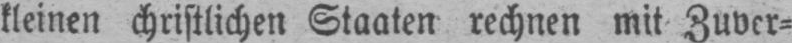
kleinen christlichen Staaten rechnen mit Zuver⸗